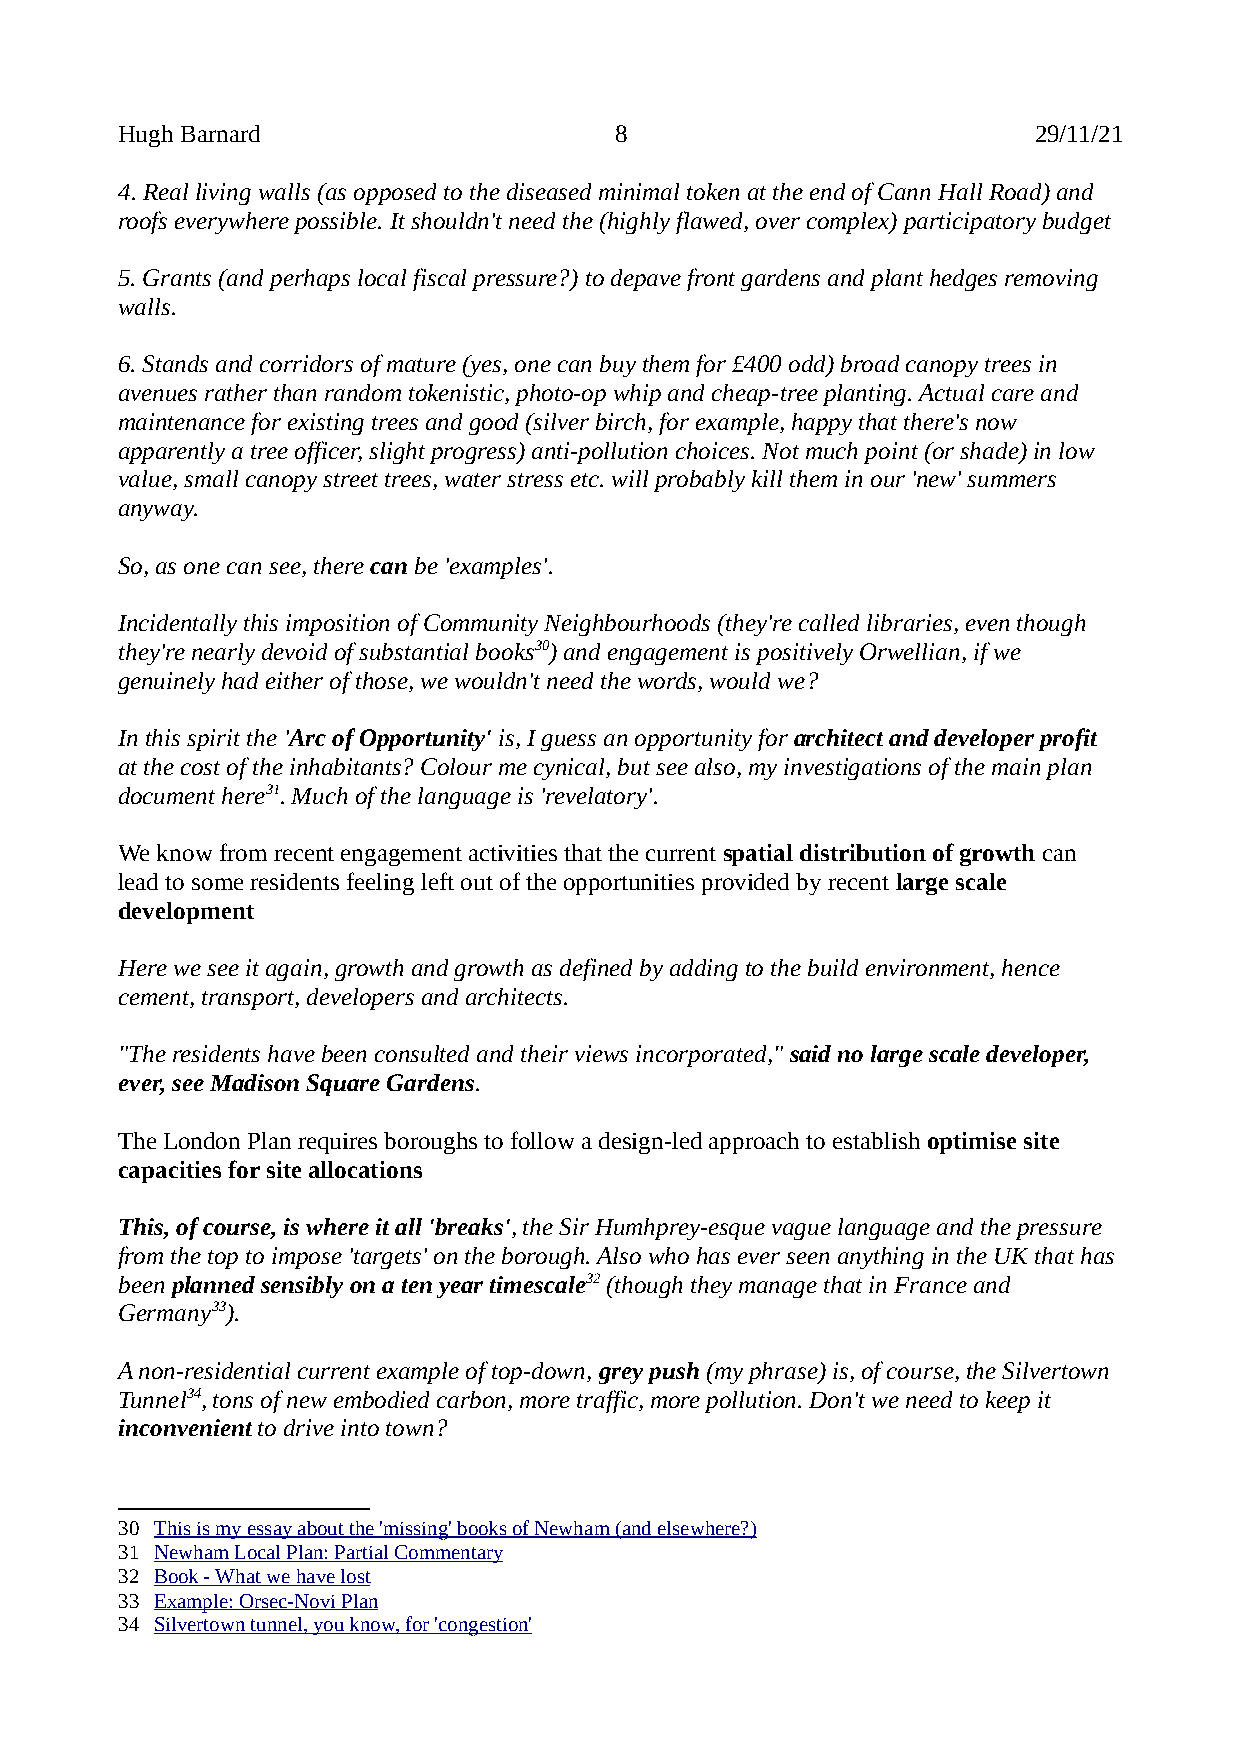
Hugh Barnard                     8                          29/11/21
 4. Real living walls (as opposed to the diseased minimal token at the end of Cann Hall Road) and
 roofs everywhere possible. It shouldn't need the (highly flawed, over complex) participatory budget
 5. Grants (and perhaps local fiscal pressure?) to depave front gardens and plant hedges removing
 walls.
 6. Stands and corridors of mature (yes, one can buy them for £400 odd) broad canopy trees in
 avenues rather than random tokenistic, photo-op whip and cheap-tree planting. Actual care and
 maintenance for existing trees and good (silver birch, for example, happy that there's now
 apparently a tree officer, slight progress) anti-pollution choices. Not much point (or shade) in low
 value, small canopy street trees, water stress etc. will probably kill them in our 'new' summers
 anyway.
 So, as one can see, there can be 'examples'.
 Incidentally this imposition of Community Neighbourhoods (they're called libraries, even though
 they're nearly devoid of substantial books30) and engagement is positively Orwellian, if we
 genuinely had either of those, we wouldn't need the words, would we?
 In this spirit the 'Arc of Opportunity' is, I guess an opportunity for architect and developer profit
 at the cost of the inhabitants? Colour me cynical, but see also, my investigations of the main plan
 document here31. Much of the language is 'revelatory'.
 We know from recent engagement activities that the current spatial distribution of growth can
 lead to some residents feeling left out of the opportunities provided by recent large scale
 development
 Here we see it again, growth and growth as defined by adding to the build environment, hence
 cement, transport, developers and architects.
 "The residents have been consulted and their views incorporated," said no large scale developer,
 ever, see Madison Square Gardens.
 The London Plan requires boroughs to follow a design-led approach to establish optimise site
 capacities for site allocations
 This, of course, is where it all 'breaks', the Sir Humhprey-esque vague language and the pressure
 from the top to impose 'targets' on the borough. Also who has ever seen anything in the UK that has
 been planned sensibly on a ten year timescale32 (though they manage that in France and
 Germany33).
 A non-residential current example of top-down, grey push (my phrase) is, of course, the Silvertown
 Tunnel34, tons of new embodied carbon, more traffic, more pollution. Don't we need to keep it
 inconvenient to drive into town?
 30 This is my essay about the 'missing' books of Newham (and elsewhere?)
 31 Newham Local Plan: Partial Commentary
 32 Book - What we have lost
 33 Example: Orsec-Novi Plan
 34 Silvertown tunnel, you know, for 'congestion '